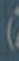
)